画像に写った文字を読んでください
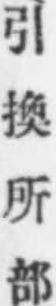
「引換所部」と書いてあります